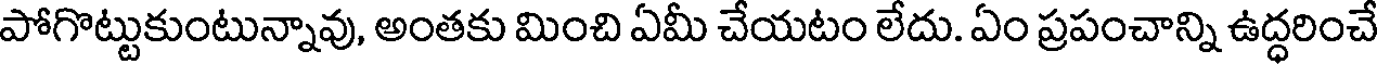
పోగొట్టుకుంటున్నావు, అంతకు మించి ఏమీ చేయటం లేదు. ఏం ప్రపంచాన్ని ఉద్ధరించే